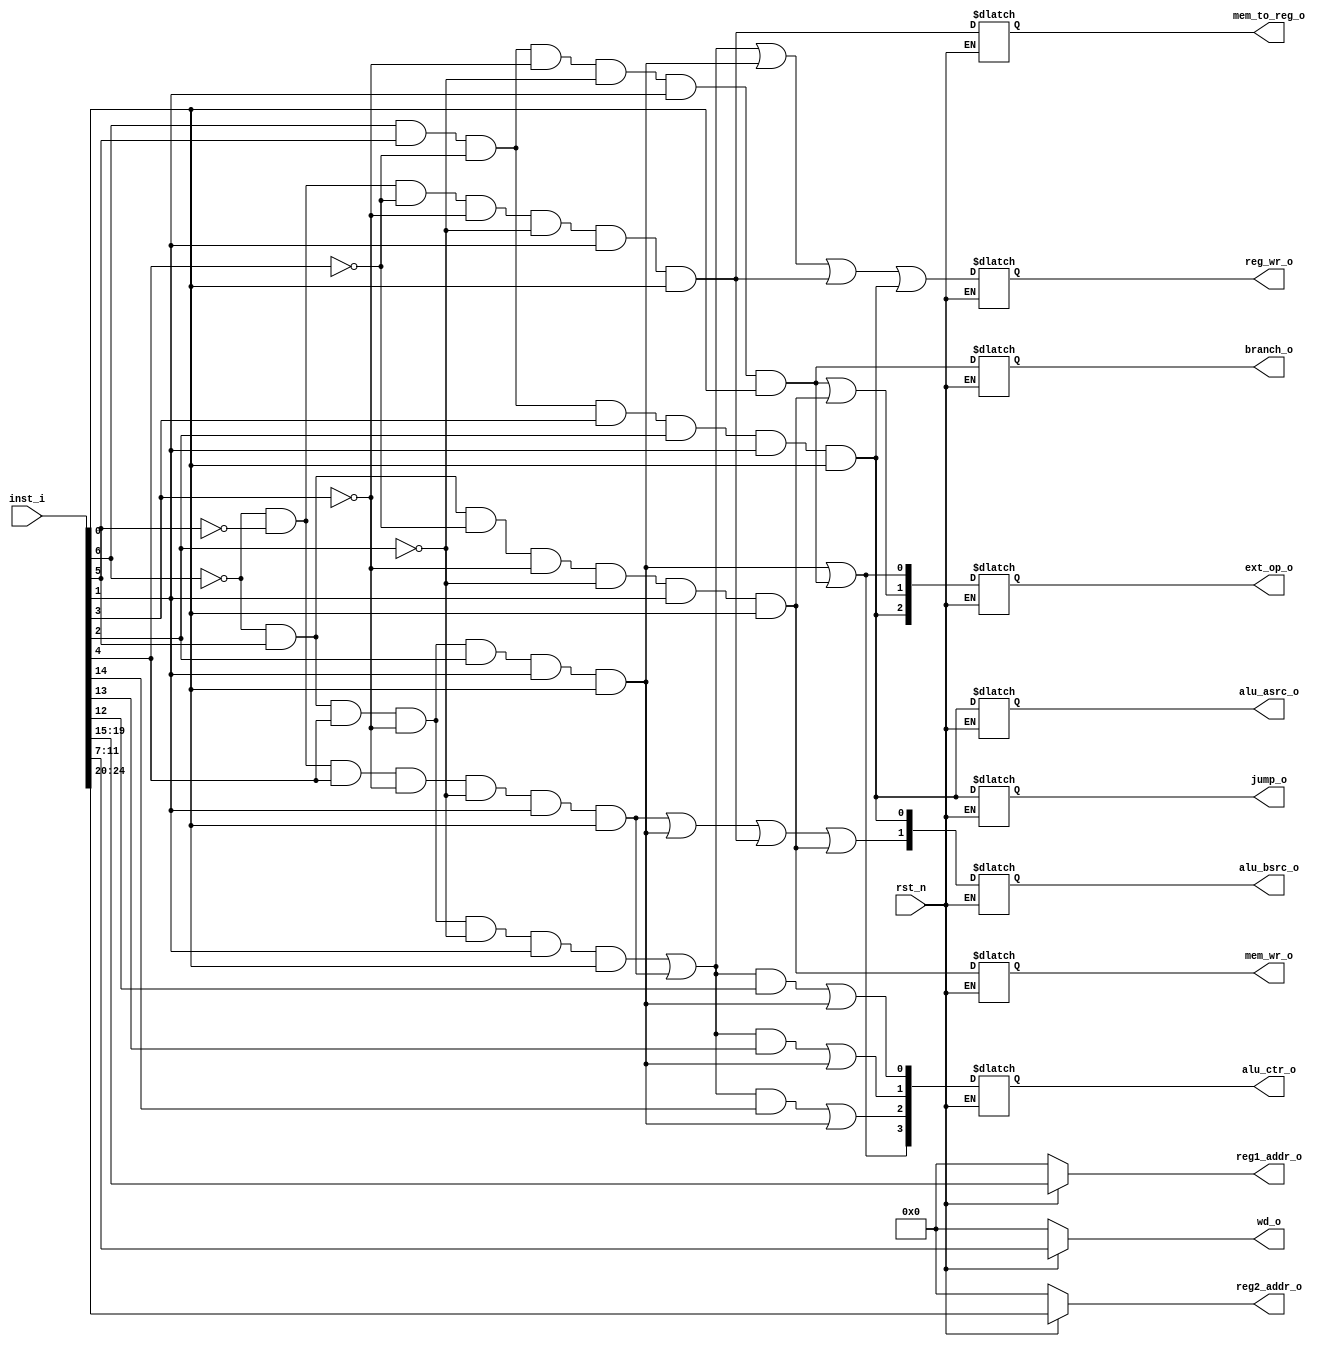
`timescale 1ns / 1ps
//////////////////////////////////////////////////////////////////////////////////
// Company: 
// Engineer: 
// 
// Design Name: 
// Module Name: id
// Project Name: 
// Target Devices: 
// Tool Versions: 
// Description: 
// 
// Dependencies: 
// 
// Revision:
// Revision 0.01 - File Created
// Additional Comments:
// 
//////////////////////////////////////////////////////////////////////////////////


module id(

    input             rst_n,
    input [31:0]      inst_i,
    
    // regfile
    output reg [4:0]  reg1_addr_o,
    output reg [4:0]  reg2_addr_o,
    output reg [4:0]  wd_o,
    
    // 
    output reg  branch_o,       // pc
    output reg  jump_o,         // pc
    output reg  mem_to_reg_o,   // ALU to Reg
    output reg  reg_wr_o,       // Reg
    output reg  mem_wr_o,       // Mem
    output reg  alu_asrc_o,     // Reg to ALU
    
    // 
    output reg [1:0]  alu_bsrc_o,   // imm and Reg to ALU
    output reg [2:0]  ext_op_o,     // imm
    output reg [3:0]  alu_ctr_o     // ALU

    );
    
    wire [6:0] op  = inst_i[6:0];            //
    wire [2:0] fn = inst_i[14:12];          //
        
    always @ (*) begin
        if(~rst_n) begin    // 
            wd_o <= 0;
            reg1_addr_o <= 0;
            reg2_addr_o <= 0;
        end
        else begin      // 
            wd_o <= inst_i[11:7];                     // 
            reg1_addr_o <= inst_i[19:15];             //  A 
            reg2_addr_o <= inst_i[24:20];             //  B 
            
            // 
            branch_o <= op[6]&op[5]&~op[4]&~op[3]&~op[2]&op[1]&op[0];        // B-type
            jump_o <= op[6]&op[5]&~op[4]&op[3]&op[2]&op[1]&op[0];            // J-type
            mem_to_reg_o <= ~op[6]&~op[5]&~op[4]&~op[3]&~op[2]&op[1]&op[0];  // Load
            reg_wr_o <= (~op[6]&op[5]&op[4]&~op[3]&~op[2]&op[1]&op[0])       // R-type
                        | (~op[6]&~op[5]&op[4]&~op[3]&~op[2]&op[1]&op[0])   // I-type-ALU
                        | (~op[6]&op[5]&op[4]&~op[3]&op[2]&op[1]&op[0])     // lui
                        | (~op[6]&~op[5]&~op[4]&~op[3]&~op[2]&op[1]&op[0])  // Load
                        | (op[6]&op[5]&~op[4]&op[3]&op[2]&op[1]&op[0]);     // J-type
            mem_wr_o <= ~op[6]&op[5]&~op[4]&~op[3]&~op[2]&op[1]&op[0];       // Store
            alu_asrc_o <= op[6]&op[5]&~op[4]&op[3]&op[2]&op[1]&op[0];        // J-type
            
            // 
            alu_bsrc_o[1] <= (~op[6]&~op[5]&op[4]&~op[3]&~op[2]&op[1]&op[0])   // I-type-ALU
                        | (~op[6]&op[5]&op[4]&~op[3]&op[2]&op[1]&op[0])       // lui
                        | (~op[6]&~op[5]&~op[4]&~op[3]&~op[2]&op[1]&op[0])    // Load
                        | (~op[6]&op[5]&~op[4]&~op[3]&~op[2]&op[1]&op[0]);    // Store
            alu_bsrc_o[0] <= op[6]&op[5]&~op[4]&op[3]&op[2]&op[1]&op[0];       // J-type
            
            ext_op_o[2] <= op[6]&op[5]&~op[4]&op[3]&op[2]&op[1]&op[0];       // J-type
            ext_op_o[1] <= (op[6]&op[5]&~op[4]&~op[3]&~op[2]&op[1]&op[0])    // B-type
                        | (~op[6]&op[5]&~op[4]&~op[3]&~op[2]&op[1]&op[0]);  // Store
            ext_op_o[0] <= (~op[6]&op[5]&op[4]&~op[3]&op[2]&op[1]&op[0])     // lui
                        | (op[6]&op[5]&~op[4]&~op[3]&~op[2]&op[1]&op[0]);   // B-type
           
            
            alu_ctr_o[3] <= (~op[6]&op[5]&op[4]&~op[3]&op[2]&op[1]&op[0])    // lui
                        | (op[6]&op[5]&~op[4]&~op[3]&~op[2]&op[1]&op[0]);   // B-type
            alu_ctr_o[2] <= ((~op[6]&op[5]&op[4]&~op[3]&~op[2]&op[1]&op[0])  // R-type
                        | (~op[6]&~op[5]&op[4]&~op[3]&~op[2]&op[1]&op[0]))  // I-type-ALU
                        & fn[2]
                        | (~op[6]&op[5]&op[4]&~op[3]&op[2]&op[1]&op[0]);    // lui
            alu_ctr_o[1] <= ((~op[6]&op[5]&op[4]&~op[3]&~op[2]&op[1]&op[0])  // R-type
                        | (~op[6]&~op[5]&op[4]&~op[3]&~op[2]&op[1]&op[0]))  // I-type-ALU
                        & fn[1]
                        | (~op[6]&op[5]&op[4]&~op[3]&op[2]&op[1]&op[0]);    // lui   
            alu_ctr_o[0] <= ((~op[6]&op[5]&op[4]&~op[3]&~op[2]&op[1]&op[0])  // R-type
                        | (~op[6]&~op[5]&op[4]&~op[3]&~op[2]&op[1]&op[0]))  // I-type-ALU
                        & fn[0]
                        | (~op[6]&op[5]&op[4]&~op[3]&op[2]&op[1]&op[0]);    // lui    
                        
            
        end
    end
    
endmodule